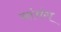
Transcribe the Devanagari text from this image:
नांचंग